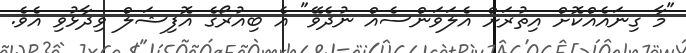
"މާ ގިނައެއްކޮށް އިތުރަށް އެލަވަންސެއް ނުދެވޭ" އެ ބިއުރޯގެ އޮފިޝަލް ވިދާޅުވި އެެވެ.